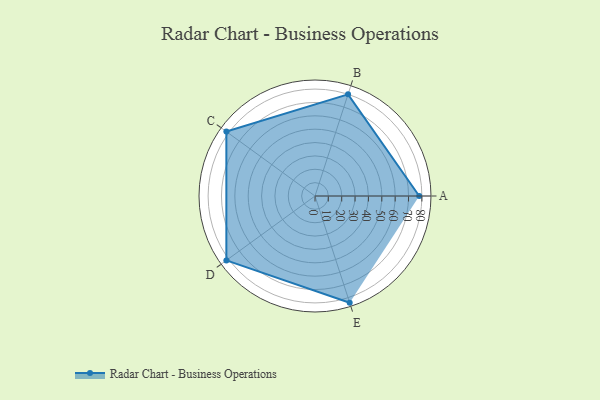
{"axis": {"x": "Skill", "y": "Score"}, "legend": ["Profile"], "data": [{"x": "A", "y": 78.0, "type": "Profile"}, {"x": "B", "y": 80.0, "type": "Profile"}, {"x": "C", "y": 82.0, "type": "Profile"}, {"x": "D", "y": 82.0, "type": "Profile"}, {"x": "E", "y": 84.0, "type": "Profile"}]}